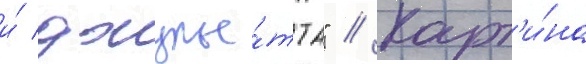
и́ джулье́тта" // Карт'и́на